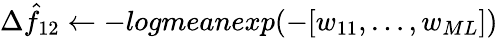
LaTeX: \Delta\hat{f}_{12}\gets-logmeanexp(-[w_{11},\dots,w_{ML}])